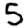
Digit: 5